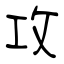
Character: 攻